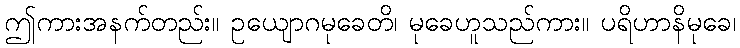
ဤကားအနက်တည်း။ ဥယျောဂမုခေတိ၊ မုခေဟူသည်ကား။ ပရိဟာနိမုခေ၊